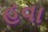
હવા